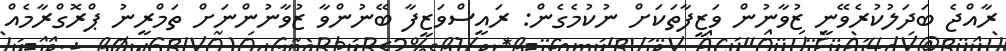
ރާއްޖެ ބަދަލުކުރެވޭނީ ޒުވާނުން ވަޒީފާތަކަށް ނުކުމެގެން: ރައީސްވަޒީފާ ބޭނުންވާ ޒުވާނުންނަށް ތަމްރީނު ޕްރޮގްރާމެއް